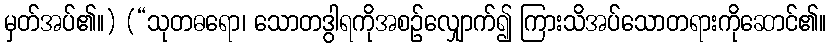
မှတ်အပ်၏။) (“သုတဓရော၊ သောတဒွါရကိုအစဉ်လျှောက်၍ ကြားသိအပ်သောတရားကိုဆောင်၏။